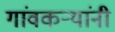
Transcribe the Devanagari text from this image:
गांवकऱ्यांनी